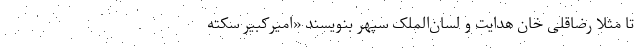
تا مثلاً رضاقلی خان هدایت و لسان‌الملک سپهر بنویسند «امیرکبیر سکته